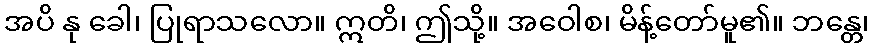
အပိ နု ခေါ၊ ပြုရာသလော။ ဣတိ၊ ဤသို့။ အဝေါစ၊ မိန့်တော်မူ၏။ ဘန္တေ၊